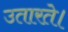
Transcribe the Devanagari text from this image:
उतारते।